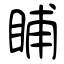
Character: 䀯